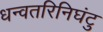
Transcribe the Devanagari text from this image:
धन्वतरिनिघंटु